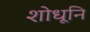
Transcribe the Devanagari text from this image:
शोधूनि